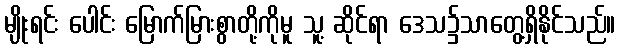
မျိုးရင်း ပေါင်း မြောက်မြားစွာတို့ကိုမူ သူ့ ဆိုင်ရာ ဒေသ၌သာတွေ့ရှိနိုင်သည်။